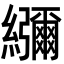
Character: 𦇯